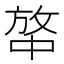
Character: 𰕍